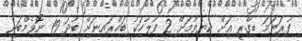
ފުރަތަމަ ޑިގްރީ އަށް ކިޔެވުމަށް 2 ފުލުހަކު ބަޙްރައިނަށް ބުދަ 19 ނޮވެމްބަރ